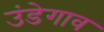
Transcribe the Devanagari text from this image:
उंडेगाव